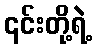
၎င်းတို့ရဲ့